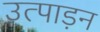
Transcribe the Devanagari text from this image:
उत्पाड़न